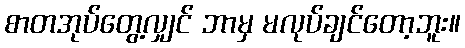
စာတအုပ်တွေ့လျှင် ဘာမှ မလုပ်ချင်တော့ဘူး။